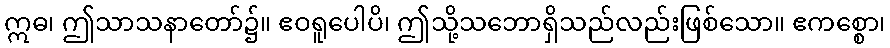
ဣဓ၊ ဤသာသနာတော်၌။ ဧဝရူပေါပိ၊ ဤသို့သဘောရှိသည်လည်းဖြစ်သော။ ဧကစ္စော၊